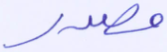
مصدر